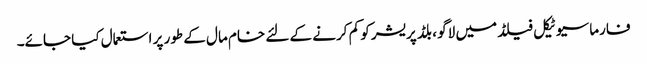
فارماسیوٹیکل فیلڈ میں لاگو ، بلڈ پریشر کو کم کرنے کے لئے خام مال کے طور پر استعمال کیا جائے۔